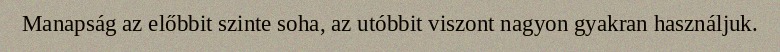
Manapság az előbbit szinte soha, az utóbbit viszont nagyon gyakran használjuk.